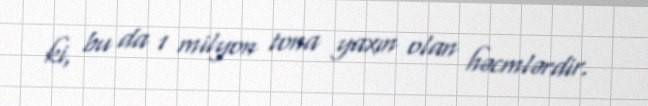
ki, bu da 1 milyon tona yaxın olan həcmlərdir.